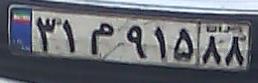
۳۱م۹۱۵۸۸